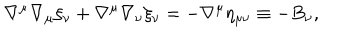
LaTeX: \nabla ^ { \mu } \nabla _ { \mu } \xi _ { \nu } + \nabla ^ { \mu } \nabla _ { \nu } \xi _ { \nu } = - \nabla ^ { \mu } \eta _ { \mu \nu } \equiv - B _ { \nu } ,